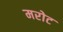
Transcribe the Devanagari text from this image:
मरोट